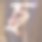
ছ